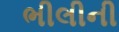
ભીલીની